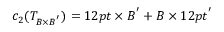
c _ { 2 } ( T _ { B \times B ^ { ' } } ) = 1 2 p t \times B ^ { ' } + B \times 1 2 p t ^ { ' }